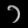
Digit: ၁